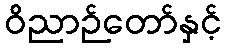
ဝိညာဉ်တော်နှင့်